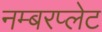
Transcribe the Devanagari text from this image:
नम्बरप्लेट